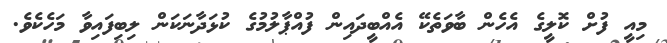
މިއީ ފުށް ކޮލީގެ އެހެން ބާވަތެކޭ އެއްބީދައިން ފުއްޕާލުމުގެ ކުޅަދާނަކަން ލިބިފައިވާ މަހެކެވެ.